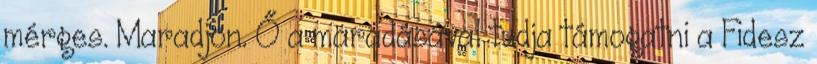
mérges. Maradjon. Ő a maradásával tudja támogatni a Fidesz